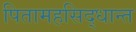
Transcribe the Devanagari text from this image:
पितामहसिद्धान्त